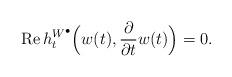
LaTeX: \begin{align*}\mathrm{Re} \, h^{W^\bullet}_t\Big(w(t),\frac{\partial}{\partial t}w(t)\Big) = 0.\end{align*}